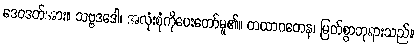
ဒေဝဒတ်အား။ သဗ္ဗဒဒေါ၊ အလုံးစုံကိုပေးတော်မူ၏။ တထာဂတေန၊ မြတ်စွာဘုရားသည်။